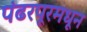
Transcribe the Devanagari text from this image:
पंढरपूरमधून